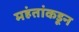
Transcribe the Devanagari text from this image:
महंतांकडून